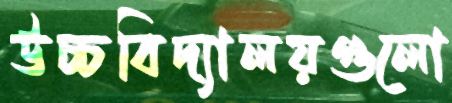
উচ্চবিদ্যালয়গুলো